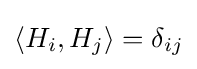
\langle H_{i},H_{j}\rangle =\delta _{ij}